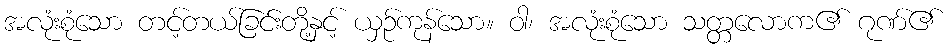
အလုံးစုံသော တင့်တယ်ခြင်းတို့နှင့် ယှဉ်ကုန်သော။ ဝါ၊ အလုံးစုံသော သတ္တလောက၏ ဂုဏ်၏